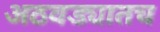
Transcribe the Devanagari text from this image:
अठवड्यातच